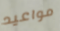
مواعيد